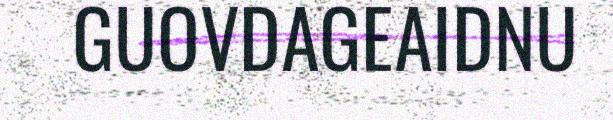
GUOVDAGEAIDNU